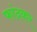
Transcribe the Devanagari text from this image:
फांदकर